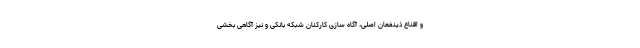
و اقناع ذینفعان اصلی، آگاه سازی کارکنان شبکه بانکی و نیز آگاهی بخشی